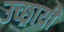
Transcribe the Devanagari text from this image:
उच्छ्रायी